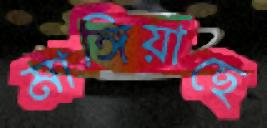
মাঙ্গিয়াছে